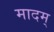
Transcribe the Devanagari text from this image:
मादम्